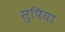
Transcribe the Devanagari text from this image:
सुपिया